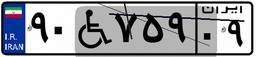
۹۰W۷۵۹۰۹